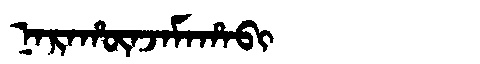
Manchu: ᠨᠠᡵᠠᡥᡡᠨᠵᠠᠮᠠᡥᠠᠪᡳ
Romanization: NARAHŪNJAMAHABI